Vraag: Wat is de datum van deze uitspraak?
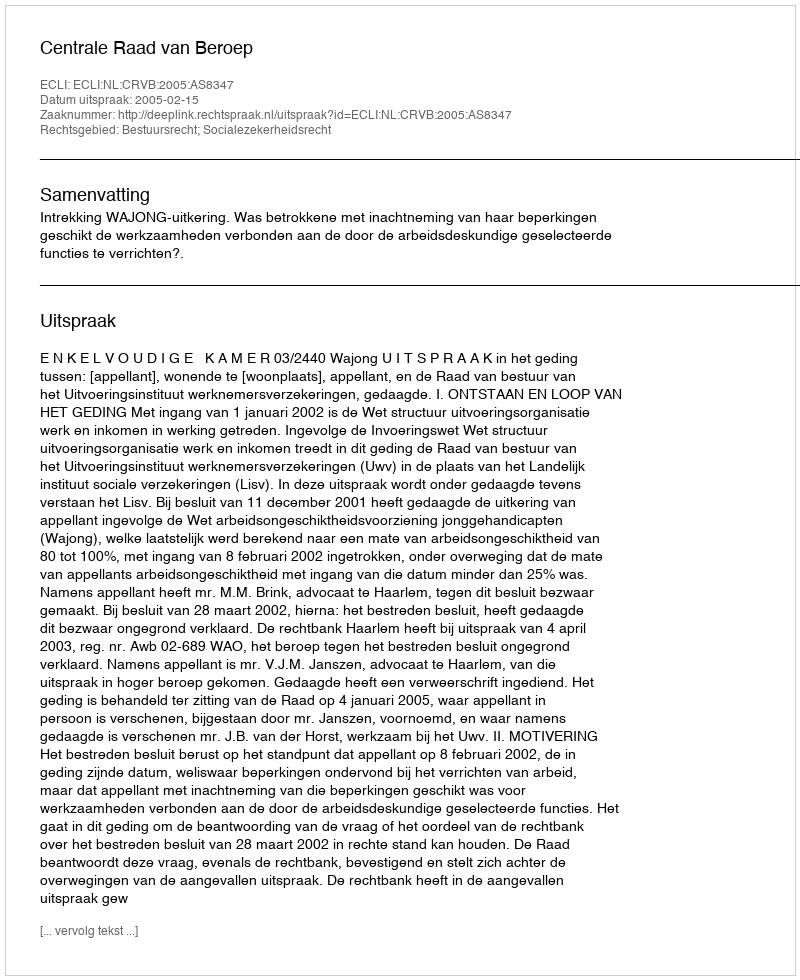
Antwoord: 2005-02-15